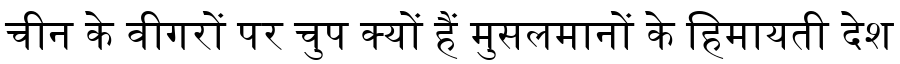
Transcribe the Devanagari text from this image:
चीन के वीगरों पर चुप क्यों हैं मुसलमानों के हिमायती देश